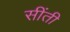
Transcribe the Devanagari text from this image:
सींती